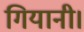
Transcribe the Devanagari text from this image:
गियानी।